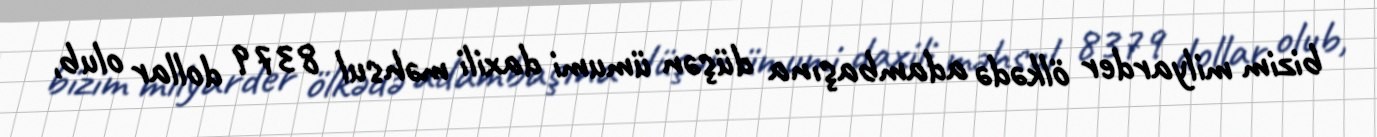
bizim milyarder ölkədə adambaşına düşən ümumi daxili məhsul 8379 dollar olub,